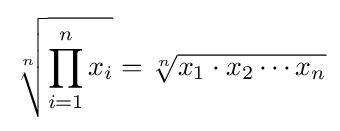
{\sqrt[{n}]{\prod _{i=1}^{n}x_{i}}}={\sqrt[{n}]{x_{1}\cdot x_{2}\dotsb x_{n}}}